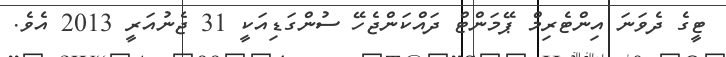
ޓީގެ ދެވަނަ އިންޓެރިމް ޕޭމަންޓް ދައްކަންޖެހޭ ސުންގަޑިއަކީ 31 ޖެނުއަރީ 2013 އެވެ.